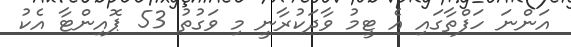
އަންނަ ހަފްތާގައި އެ ޓީމު ވާދަކުރާނީ މި ވަގުތު 53 ޕޮއިންޓާ އެކު